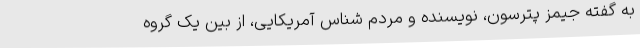
به گفته جیمز پترسون، نویسنده و مردم شناس آمریکایی، از بین یک گروه